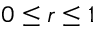
0 \leq r \leq 1